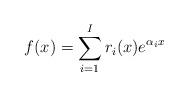
LaTeX: \begin{align*} f(x) = \sum_{i=1}^I r_i(x) e^{\alpha_i x} \end{align*}